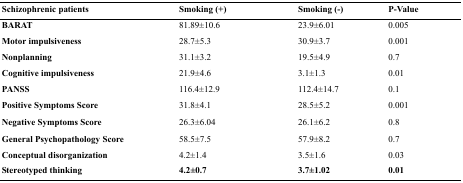
<table><thead><tr><td><b>Schizophrenic patients</b></td><td><b>Smoking (+)</b></td><td><b>Smoking (-)</b></td><td><b>P-Value</b></td></tr></thead><tbody><tr><td><b>BARAT</b></td><td>81.89±10.6</td><td>23.9±6.01</td><td>0.005</td></tr><tr><td><b>Motor impulsiveness</b></td><td>28.7±5.3</td><td>30.9±3.7</td><td>0.001</td></tr><tr><td><b>Nonplanning</b></td><td>31.1±3.2</td><td>19.5±4.9</td><td>0.7</td></tr><tr><td><b>Cognitive impulsiveness</b></td><td>21.9±4.6</td><td>3.1±1.3</td><td>0.01</td></tr><tr><td><b>PANSS</b></td><td>116.4±12.9</td><td>112.4±14.7</td><td>0.1</td></tr><tr><td><b>Positive Symptoms Score</b></td><td>31.8±4.1</td><td>28.5±5.2</td><td>0.001</td></tr><tr><td><b>Negative Symptoms Score</b></td><td>26.3±6.04</td><td>26.1±6.2</td><td>0.8</td></tr><tr><td><b>General Psychopathology Score</b></td><td>58.5±7.5</td><td>57.9±8.2</td><td>0.7</td></tr><tr><td><b>Conceptual disorganization</b></td><td>4.2±1.4</td><td>3.5±1.6</td><td>0.03</td></tr><tr><td><b>Stereotyped thinking</b></td><td><b>4.2±0.7</b></td><td><b>3.7±1.02</b></td><td><b>0.01</b></td></tr></tbody></table>